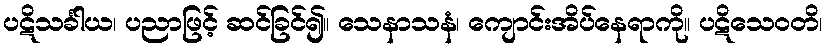
ပဋိသင်္ခါယ၊ ပညာဖြင့် ဆင်ခြင်၍။ သေနာသနံ၊ ကျောင်းအိပ်နေရာကို။ ပဋိသေဝတိ၊